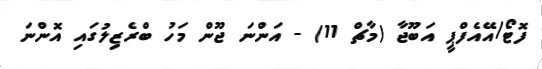
ފޮޓޯ/އޭއެފްޕީ އަބޫޖާ (މާޗް 11) - އަންނަ ޖޫން މަހު ބްރެޒިލުގައި އޮންނަ